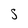
Character: S